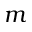
m